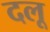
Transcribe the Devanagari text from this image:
दलू